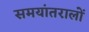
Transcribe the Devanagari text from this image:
समयांतरालों